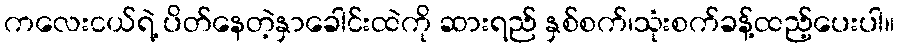
ကလေးငယ်ရဲ့ ပိတ်နေတဲ့နှာခေါင်းထဲကို ဆားရည် နှစ်စက်၊သုံးစက်ခန့်ထည့်ပေးပါ။